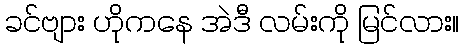
ခင်ဗျား ဟိုကနေ အဲဒီ လမ်းကို မြင်လား။